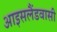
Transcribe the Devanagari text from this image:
आइसलैंडवासी